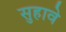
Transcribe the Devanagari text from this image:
सुहावे